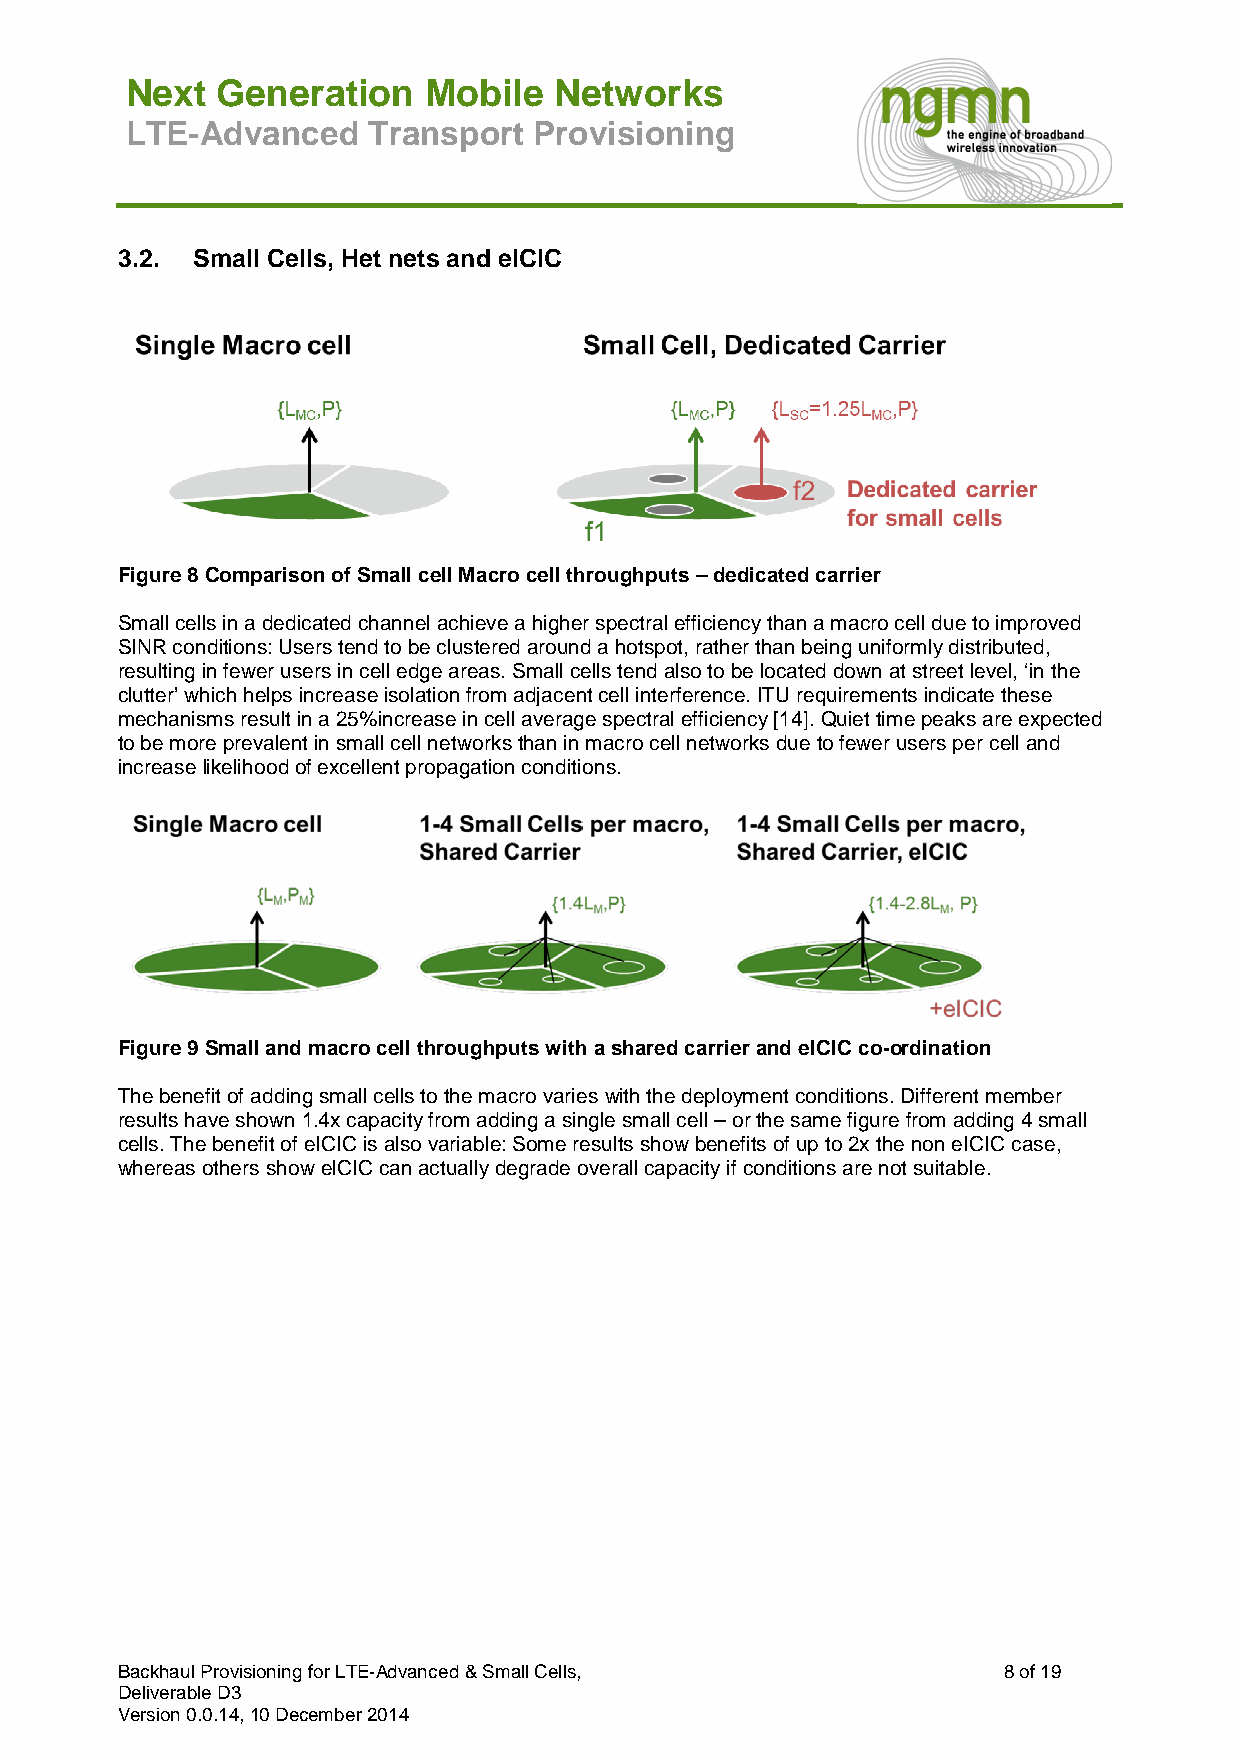
Next  Generation    Mobile   Networks
 LTE-Advanced    Transport  Provisioning
 3.2. Small Cells, Het nets and eICIC
 Figure 8 Comparison of Small cell Macro cell throughputs – dedicated carrier
 Small cells in a dedicated channel achieve a higher spectral efficiency than a macro cell due to improved
 SINR conditions: Users tend to be clustered around a hotspot, rather than being uniformly distributed,
 resulting in fewer users in cell edge areas. Small cells tend also to be located down at street level, ‘in the
 clutter’ which helps increase isolation from adjacent cell interference. ITU requirements indicate these
 mechanisms result in a 25%increase in cell average spectral efficiency [14]. Quiet time peaks are expected
 to be more prevalent in small cell networks than in macro cell networks due to fewer users per cell and
 increase likelihood of excellent propagation conditions.
 Figure 9 Small and macro cell throughputs with a shared carrier and eICIC co-ordination
 The benefit of adding small cells to the macro varies with the deployment conditions. Different member
 results have shown 1.4x capacity from adding a single small cell – or the same figure from adding 4 small
 cells. The benefit of eICIC is also variable: Some results show benefits of up to 2x the non eICIC case,
 whereas others show eICIC can actually degrade overall capacity if conditions are not suitable.
 Backhaul Provisioning for LTE-Advanced & Small Cells,     8 of 19
 Deliverable D3
 Version 0.0.14, 10 December 2014